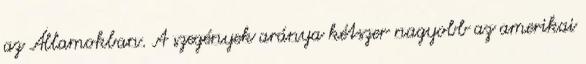
az Államokban. A szegények aránya kétszer nagyobb az amerikai